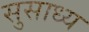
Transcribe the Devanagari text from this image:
सुसाध्‍य